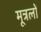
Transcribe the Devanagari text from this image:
मूत्रलों